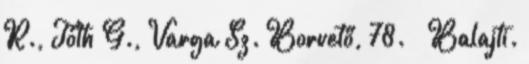
R., Tóth G., Varga Sz. Borvető, 78. – Balajti.